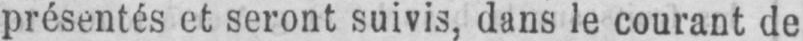
présentés et seront suivis, dans le courant de